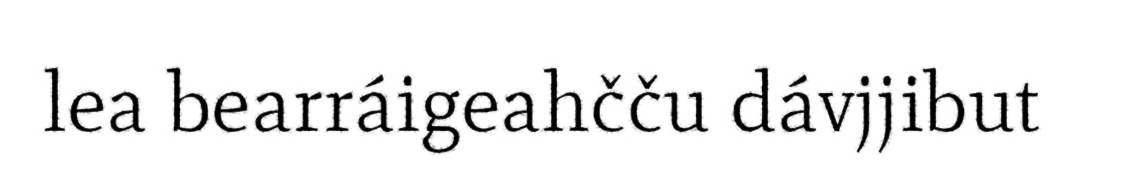
lea bearráigeahčču dávjjibut